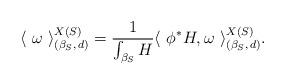
LaTeX: \begin{align*} \langle~ \omega ~\rangle ^{X(S)}_{(\beta_S, \,d)} = \frac{1}{\int_{\beta_S} H} \langle~ \phi^* H, \omega ~\rangle ^{X(S)}_{(\beta_S, \,d)}.\end{align*}